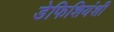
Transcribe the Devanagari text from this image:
डेफिशियंशी